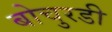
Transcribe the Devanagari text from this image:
बोचुरडी